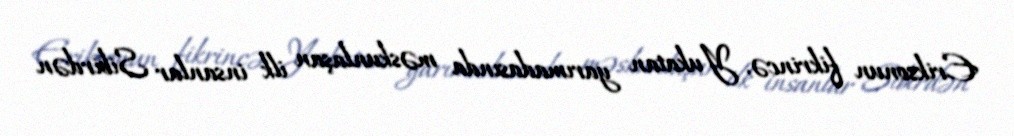
Eriksonun fikrincə, Yukatan yarımadasında məskunlaşan ilk insanlar Sibirdən